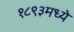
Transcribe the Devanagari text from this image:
१८९३मध्ये